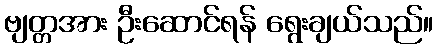
ဗျတ္တအား ဦးဆောင်ရန် ရွေးချယ်သည်။